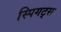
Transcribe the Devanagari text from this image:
स्पिगट्स